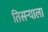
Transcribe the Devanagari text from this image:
तिसर्‍याला